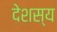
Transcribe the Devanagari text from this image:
देशस्य